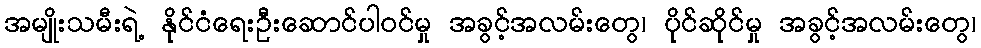
အမျိုးသမီးရဲ့ နိုင်ငံရေးဦးဆောင်ပါဝင်မှု အခွင့်အလမ်းတွေ၊ ပိုင်ဆိုင်မှု အခွင့်အလမ်းတွေ၊